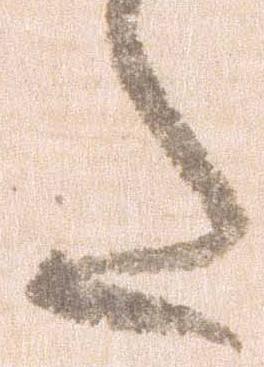
た